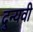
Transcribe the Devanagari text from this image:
दुन्यवी